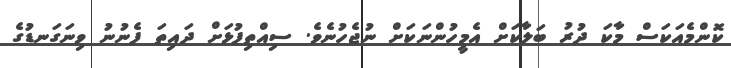
ކޮންމެއަކަސް މާކަ ދުރު ބަލާކަށް އެމީހުންނަކަށް ނުޖެހުނެވެ. ސިއްތިފުޅަށް ދައިތަ ފެނުނު ވިނަގަނޑުގެ